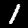
Label: 1